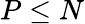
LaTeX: P\leq N